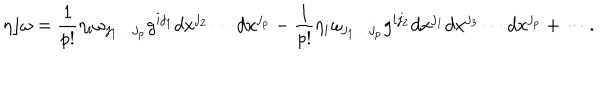
\eta \rfloor \omega = { \frac { 1 } { p ! } } \eta _ { i } \omega _ { j _ { 1 } \ldots j _ { p } } g ^ { i j _ { 1 } } d x ^ { j _ { 2 } } \cdots d x ^ { j _ { p } } - { \frac { 1 } { p ! } } \eta _ { i } \omega _ { j _ { 1 } \ldots j _ { p } } g ^ { i j _ { 2 } } d x ^ { j _ { 1 } } d x ^ { j _ { 3 } } \cdots d x ^ { j _ { p } } + \cdots .